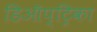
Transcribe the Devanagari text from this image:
डिऑप्ट्रिका